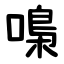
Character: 嘄